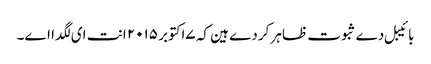
بائیبل دے ثبوت ظاہر کردے ہین کہ ۷اکتوبر ۲۰۱۵ انت ای لگدا اے۔